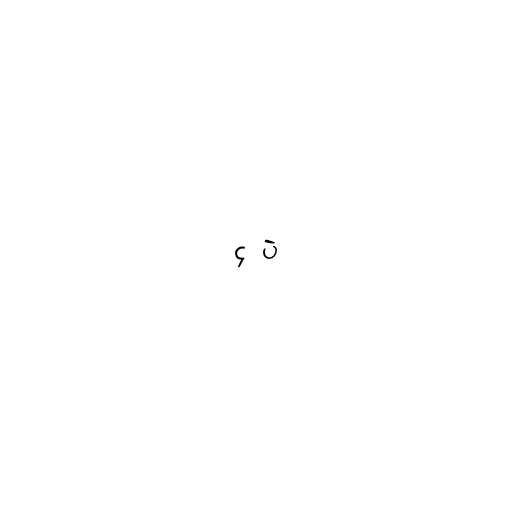
၄ ပဲ